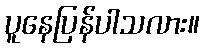
ပူနေပြန်ပါသလား။